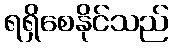
ရရှိစေနိုင်သည်